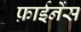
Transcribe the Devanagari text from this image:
फ़ाईनेंस